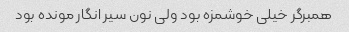
همبرگر خیلی خوشمزه بود ولی نون سیر انگار مونده بود